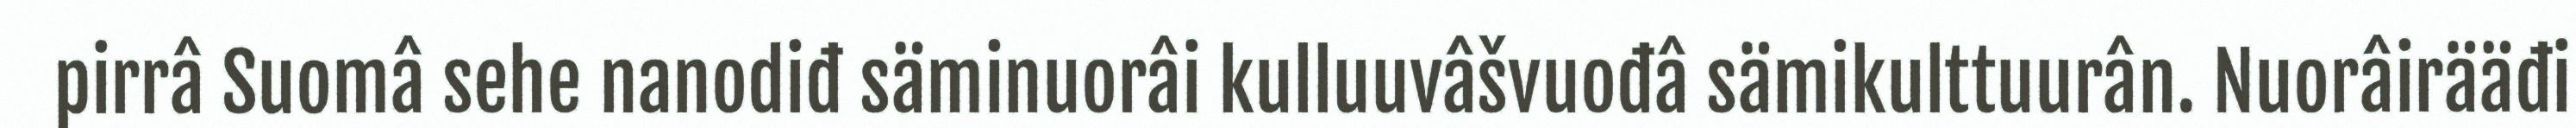
pirrâ Suomâ sehe nanodiđ säminuorâi kulluuvâšvuođâ sämikulttuurân. Nuorâirääđi